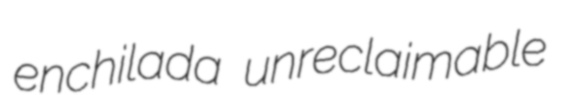
enchilada unreclaimable